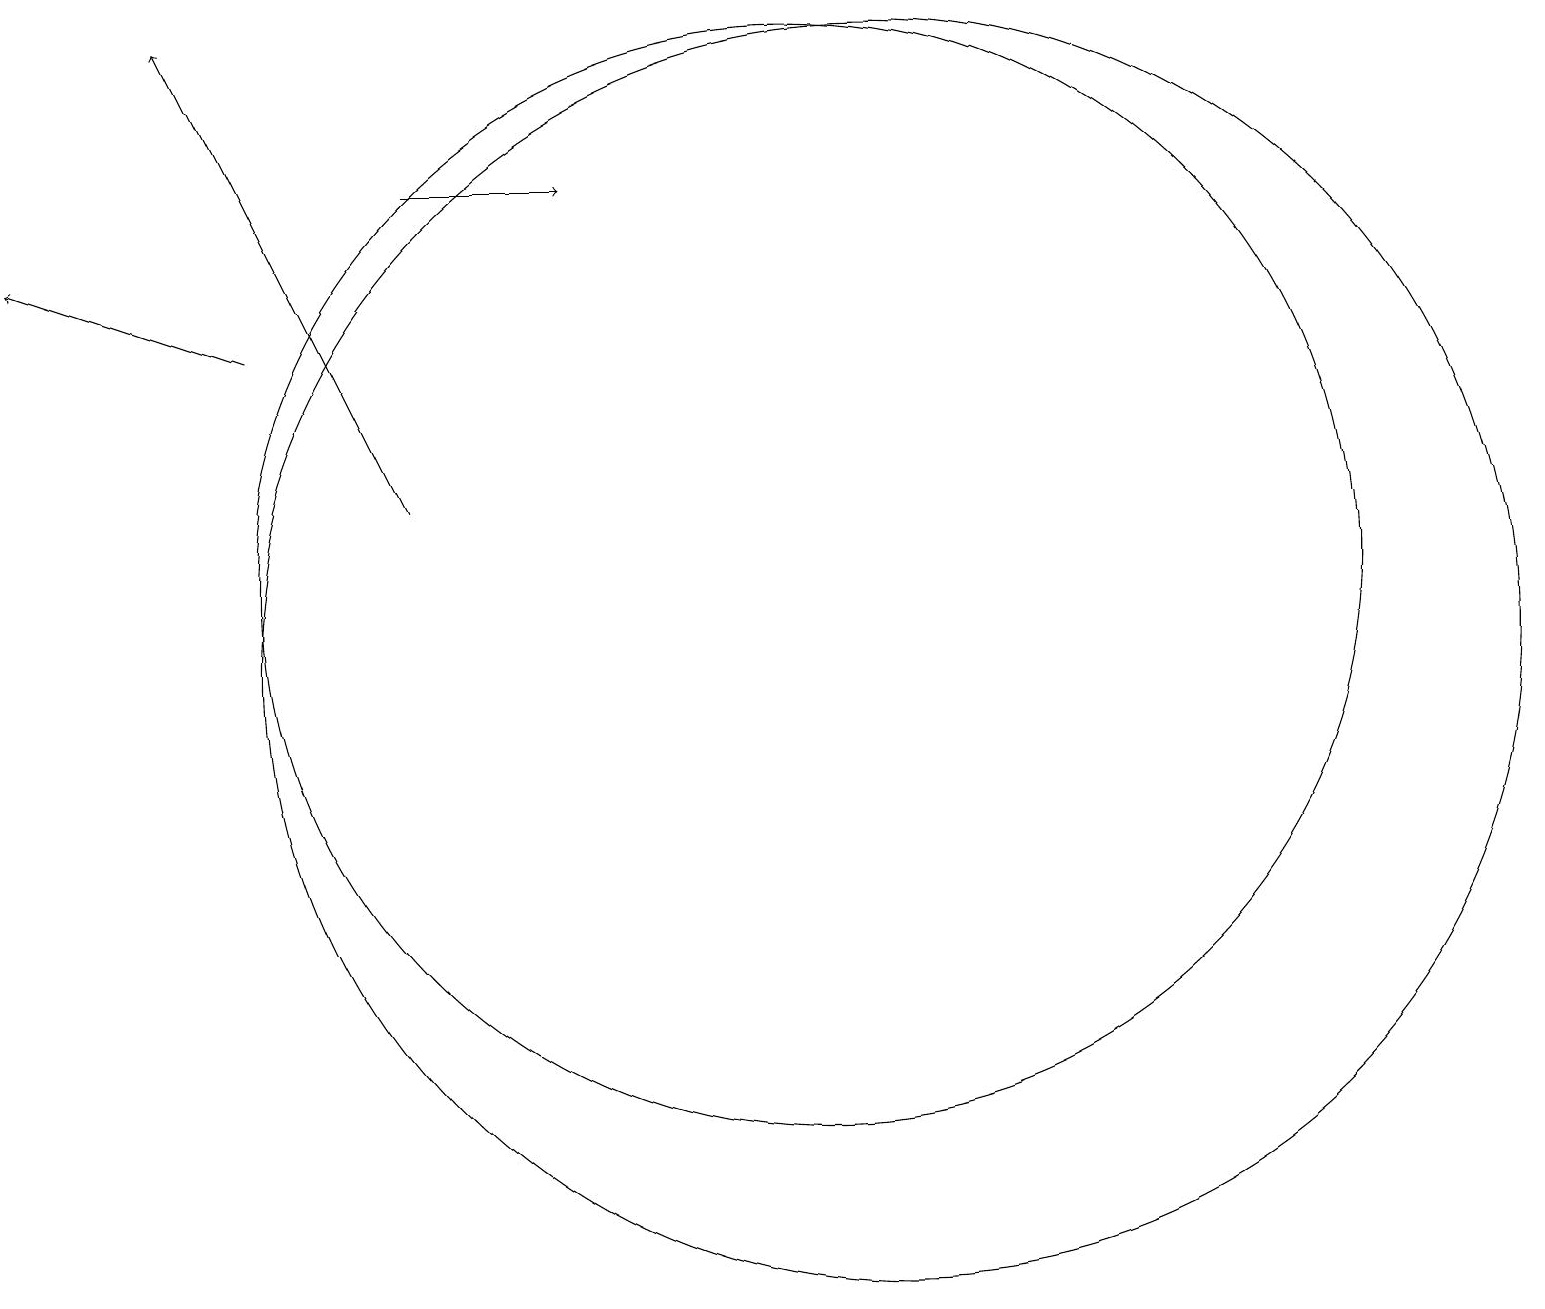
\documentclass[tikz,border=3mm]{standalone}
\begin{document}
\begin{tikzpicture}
\draw (12,10) circle (8);
\draw[->] (6,16) -- (8,16);
\draw[->] (6,12) -- (3,18);
\draw (10,12) circle (0);
\draw (11,11) circle (7);
\draw[->] (4,14) -- (1,15);
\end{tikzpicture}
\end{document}